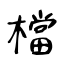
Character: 檔